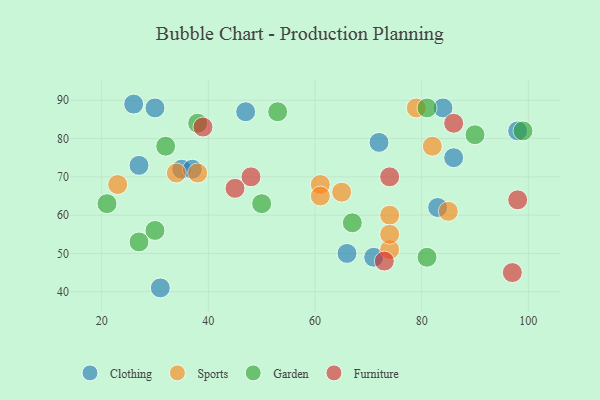
{"axis": {"x": "GDP", "y": "Life Expectancy"}, "legend": ["Clothing", "Furniture", "Garden", "Sports"], "data": [{"x": "31", "y": 41, "type": "Clothing"}, {"x": "47", "y": 87, "type": "Clothing"}, {"x": "27", "y": 73, "type": "Clothing"}, {"x": "35", "y": 72, "type": "Clothing"}, {"x": "37", "y": 72, "type": "Clothing"}, {"x": "86", "y": 75, "type": "Clothing"}, {"x": "71", "y": 49, "type": "Clothing"}, {"x": "72", "y": 79, "type": "Clothing"}, {"x": "98", "y": 82, "type": "Clothing"}, {"x": "66", "y": 50, "type": "Clothing"}, {"x": "30", "y": 88, "type": "Clothing"}, {"x": "26", "y": 89, "type": "Clothing"}, {"x": "83", "y": 62, "type": "Clothing"}, {"x": "84", "y": 88, "type": "Clothing"}, {"x": "61", "y": 68, "type": "Sports"}, {"x": "61", "y": 65, "type": "Sports"}, {"x": "82", "y": 78, "type": "Sports"}, {"x": "74", "y": 60, "type": "Sports"}, {"x": "74", "y": 51, "type": "Sports"}, {"x": "23", "y": 68, "type": "Sports"}, {"x": "65", "y": 66, "type": "Sports"}, {"x": "34", "y": 71, "type": "Sports"}, {"x": "38", "y": 71, "type": "Sports"}, {"x": "74", "y": 55, "type": "Sports"}, {"x": "79", "y": 88, "type": "Sports"}, {"x": "85", "y": 61, "type": "Sports"}, {"x": "38", "y": 84, "type": "Garden"}, {"x": "99", "y": 82, "type": "Garden"}, {"x": "30", "y": 56, "type": "Garden"}, {"x": "90", "y": 81, "type": "Garden"}, {"x": "50", "y": 63, "type": "Garden"}, {"x": "27", "y": 53, "type": "Garden"}, {"x": "32", "y": 78, "type": "Garden"}, {"x": "53", "y": 87, "type": "Garden"}, {"x": "67", "y": 58, "type": "Garden"}, {"x": "81", "y": 88, "type": "Garden"}, {"x": "21", "y": 63, "type": "Garden"}, {"x": "81", "y": 49, "type": "Garden"}, {"x": "97", "y": 45, "type": "Furniture"}, {"x": "39", "y": 83, "type": "Furniture"}, {"x": "74", "y": 70, "type": "Furniture"}, {"x": "73", "y": 48, "type": "Furniture"}, {"x": "48", "y": 70, "type": "Furniture"}, {"x": "86", "y": 84, "type": "Furniture"}, {"x": "98", "y": 64, "type": "Furniture"}, {"x": "45", "y": 67, "type": "Furniture"}]}